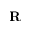
\mathbf { R }